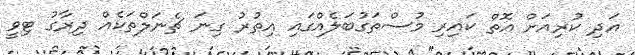
އަދި ކުރިއަށް އޮތް ކައިރި މުސްތަގުބަލެއްގައި އިތުރު ގިނަ ޗެނަލްތަކެއް ދިރާގު ޓިވީ